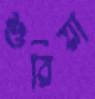
শুরিয়া